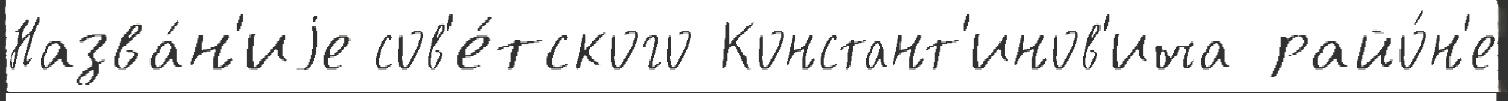
Назва́н'иjе сов'е́тского Констант'инов'ича райо́н'е